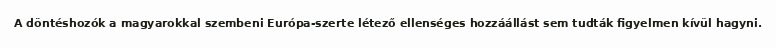
A döntéshozók a magyarokkal szembeni Európa-szerte létező ellenséges hozzáállást sem tudták figyelmen kívül hagyni.